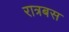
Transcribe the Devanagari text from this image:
रात्रबस